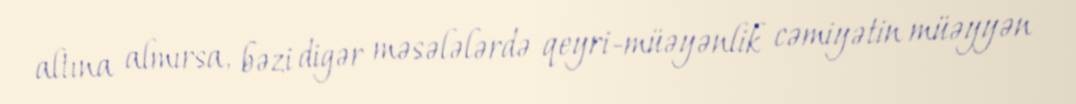
altına almırsa, bəzi digər məsələlərdə qeyri-müəyənlik cəmiyətin müəyyən